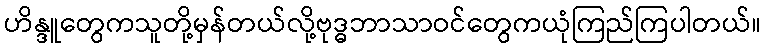
ဟိန္ဒူတွေကသူတို့မှန်တယ်လို့ဗုဒ္ဓဘာသာဝင်တွေကယုံကြည်ကြပါတယ်။